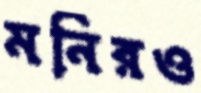
মনিরও